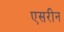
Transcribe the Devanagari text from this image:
एसरीन